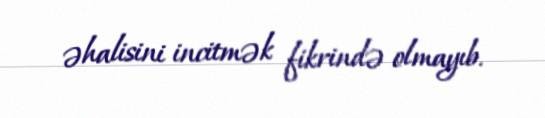
əhalisini incitmək fikrində olmayıb.